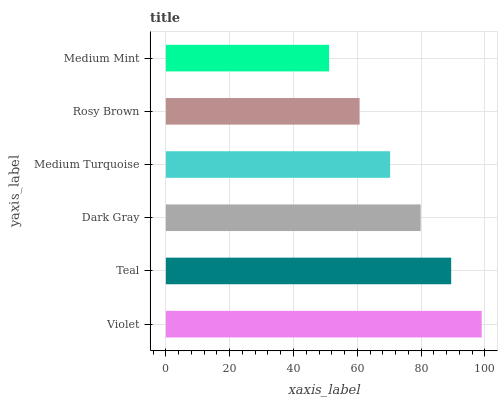
| yaxis_label | bars |
 | --- | --- |
 | Violet | 99 |
 | Teal | 89.4 |
 | Dark Gray | 79.9 |
 | Medium Turquoise | 70.3 |
 | Rosy Brown | 60.7 |
 | Medium Mint | 51.2 |